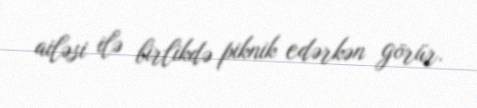
ailəsi ilə birlikdə piknik edərkən görür.